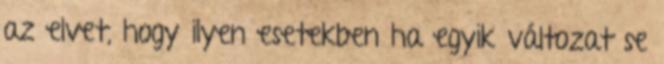
az elvet, hogy ilyen esetekben ha egyik változat se